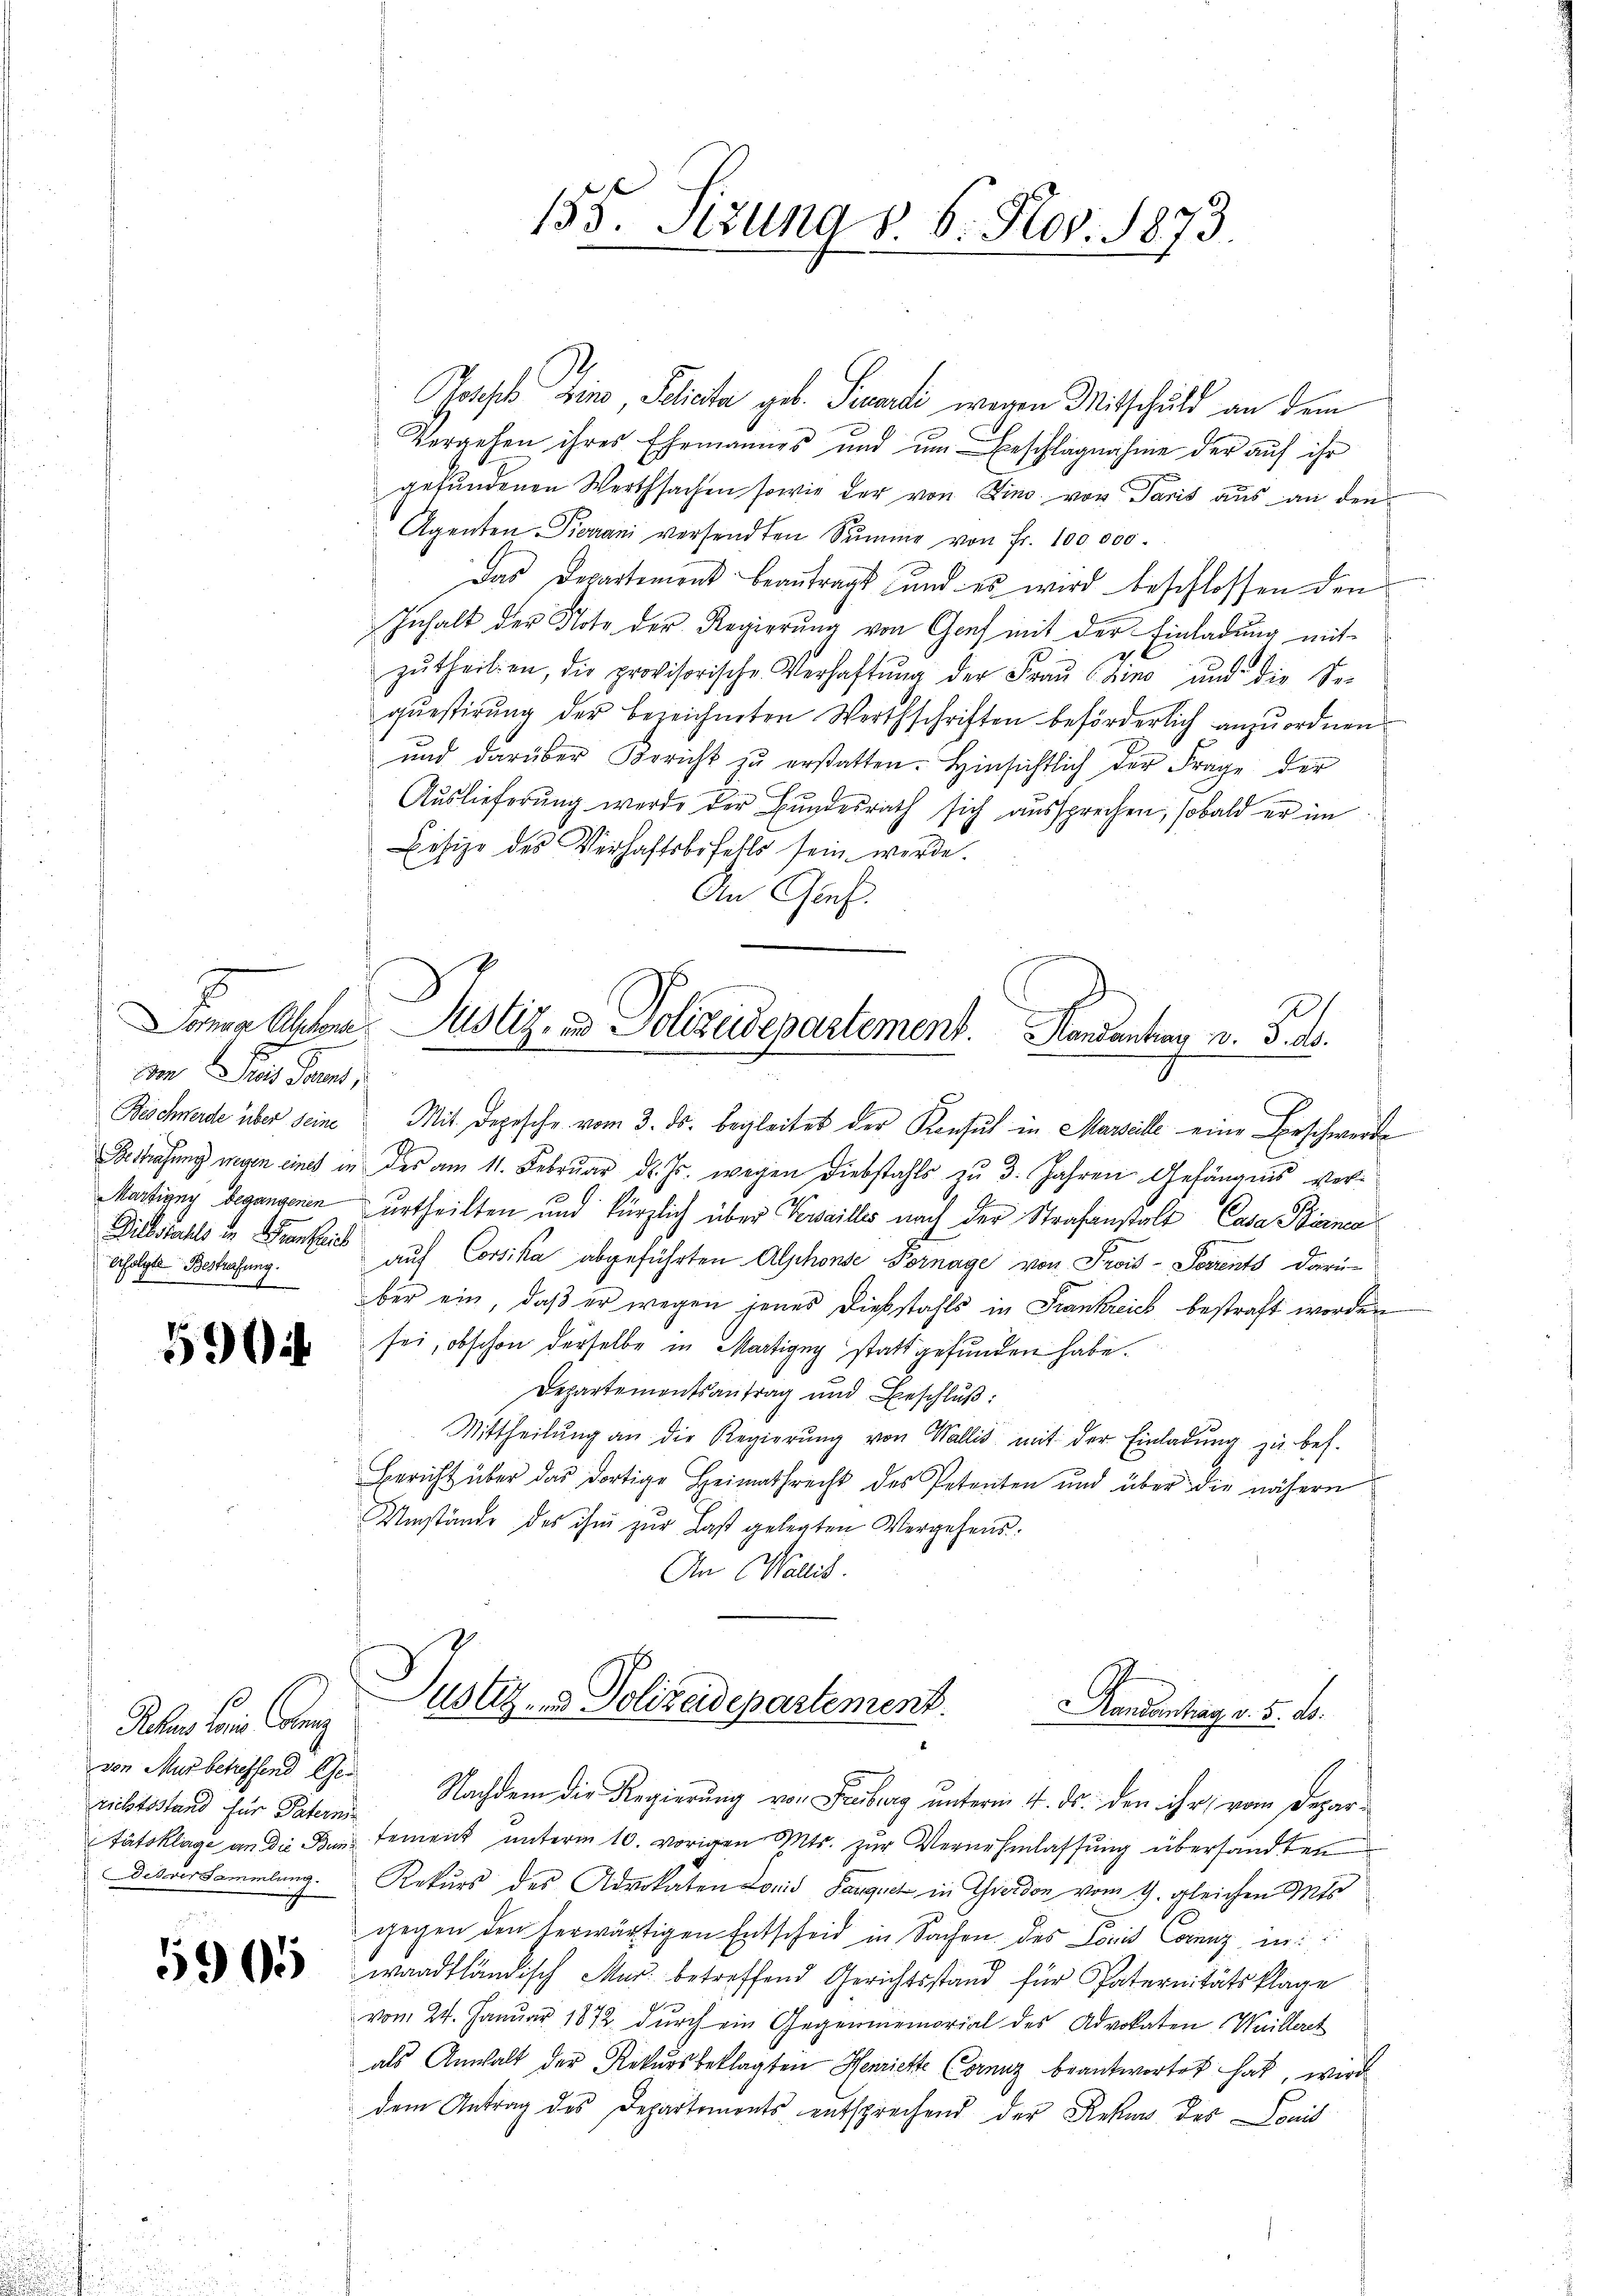
Dem Preis Saums,
Beschwerde über seine
Erfolgte Bestrafung.

59

Peten sein Geg
richtsstand für Paternis

596

135. Sitzung v. 6. Nov. 1873.

Josses Zino, Policta geb. Pecardi wegen Mitschuld an dem
Vergehen ihres Ehemannes und um Beschlagnahme der auf ihr
gefundenen Werthsachen sowie der von Zins von Paris aus an den
Agenten Tieran versandten Sŭmme von Fr. 100.000.
Das Departement beantragt und es wird beschlossen den
Inhalt der Note der Regierŭng von Genf mit der Einladung mit-
zŭtheilien, die provisorische Verhaftŭng der Fraŭ Chine und die Sei
questirung der bezeichneten Werthschriften beförderlich anzuordnen.
und darüber Bericht zŭ erstatten. Hinsichtlich der Frage der
Auslieferung werde der Bundesrath sich aussprechen, sobald er im
Eisize des Verhaftsbefehls sein werde.
An Gref.

Sonnen Alter Justiz- und Polizeidepartement. Handantrag v. 5. ds.

Mit Depesche vom 3. ds. begleitet der Konsul in Marseille eine Beschwerde
Brstrafung wegen eines in des am 11. Februar d. Js. wegen Diebstahls zu 3. Jahren Gefängnis ver-
1.
Martigung begangenen urtheilten und kürzlich über Verseilles nach der Strafanstalt Casa Bianca
Diebstahls in Frankheit auf Corsika abgeführten Alphonse Fornage von Prois-Sorrents darüber ein, daß er wegen jenes Diebstahls in Frankreich bestraft worden
sei, obschon derselbe in Martigny stattgefunden habe.
Departementsantrag und Beschlŭβ:
Mittheilŭng an die Regierŭng von Wallis mit der Einladŭng zu bes.
Bericht über das dortige Heimathrecht des Petenten und über die nähern
Umstände des ihm zur Last gelegten Vergehens¬
An Wallis.

von Murbcheffend der Nachdem die Regierung von Feuburg unterm 4. ds. den ihr, vom Departätsklage an die Bentement unterm 10. vorigen Mts. zur Vernehmlassung übersandten
Disversammlung. Rekurs des Advokaten Lorid Saugnet in Thierdon vom 1. gleichen Mits
gegen den erwärtigen Entscheid in Sachen des Comis Corenz in:
waadtländisch Mar. betreffend Gerichtsstand für Paternitätsklage
vom 24. Januar 1872 dŭrch ein Gegenmemorial des Advokaten Weilleret
als Anwalt der Rekursbeklagten Henriette (orenz beantwortet hat, wird
dem Antrag des Departements entsprechend der Rekurs des Louis

Justiz- & Polizeidepartement.
Randantrag v. 5. d.